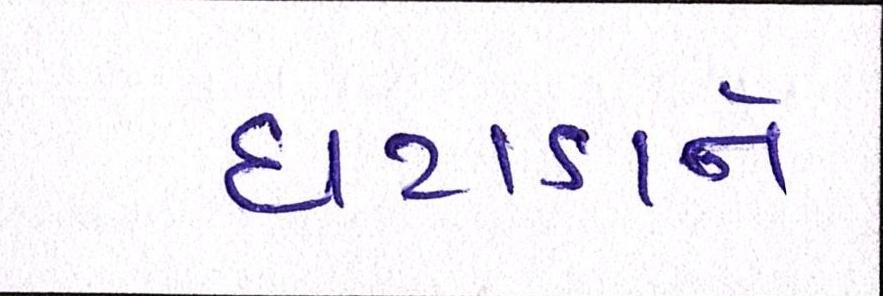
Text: ઘટાડાને